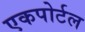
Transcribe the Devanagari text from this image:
एकपोर्टल